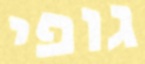
גופי